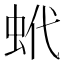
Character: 蚮